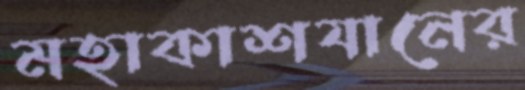
মহাকাশযানের